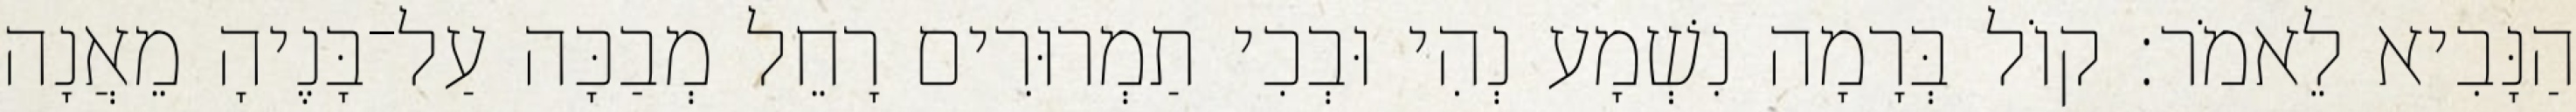
הַנָּבִיא לֵאמֹר׃ קוֹל בְּרָמָה נִשְׁמָע נְהִי וּבְכִי תַמְרוּרִים רָחֵל מְבַכָּה עַל־בָּנֶיהָ מֵאֲנָה